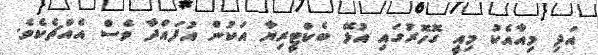
އަދި މިއާއެކު މިއީ ގޮހޮރުގައި އުޅޭ ބެކްޓީރިޔާ އަކުން އުފައްދާ ވެސް އެއްޗެކެވެ.